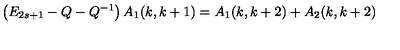
\left( E _ { 2 s + 1 } - Q - Q ^ { - 1 } \right) A _ { 1 } ( k , k + 1 ) = A _ { 1 } ( k , k + 2 ) + A _ { 2 } ( k , k + 2 )